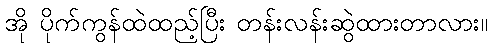
အို ပိုက်ကွန်ထဲထည့်ပြီး တန်းလန်းဆွဲထားတာလား။